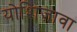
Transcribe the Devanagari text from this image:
योशिज़ावा